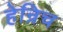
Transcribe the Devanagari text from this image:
हेन्रिच